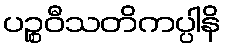
ပဉ္စဝီသတိကပ္ပါနိ